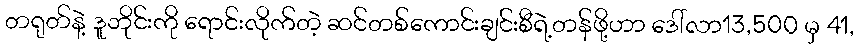
တရုတ်နဲ့ ဒူဘိုင်းကို ရောင်းလိုက်တဲ့ ဆင်တစ်ကောင်းချင်းစီရဲ့တန်ဖို့ဟာ ဒေါ်လာ13,500 မှ 41,